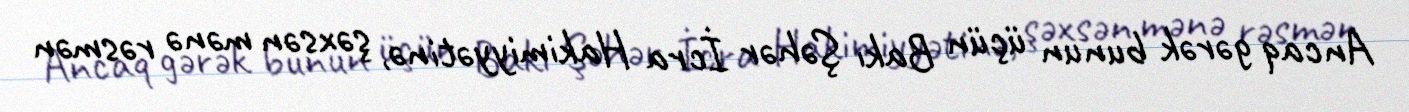
Ancaq gərək bunun üçün Bakı Şəhər İcra Hakimiyyətinə, şəxsən mənə rəsmən